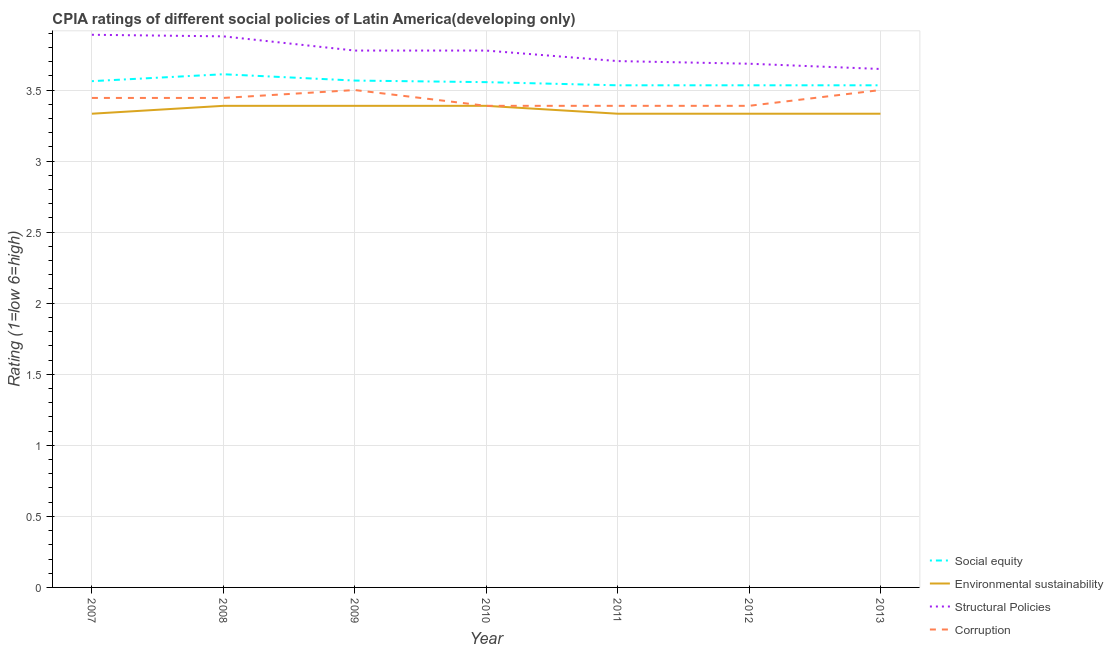
| Year | Social equity | Environmental sustainability | Structural Policies | Corruption |
 | --- | --- | --- | --- | --- |
 | 2007 | 3.56 | 3.33 | 3.89 | 3.44 |
 | 2008 | 3.61 | 3.39 | 3.88 | 3.44 |
 | 2009 | 3.57 | 3.39 | 3.78 | 3.5 |
 | 2010 | 3.56 | 3.39 | 3.78 | 3.39 |
 | 2011 | 3.53 | 3.33 | 3.7 | 3.39 |
 | 2012 | 3.53 | 3.33 | 3.69 | 3.39 |
 | 2013 | 3.53 | 3.33 | 3.65 | 3.5 |